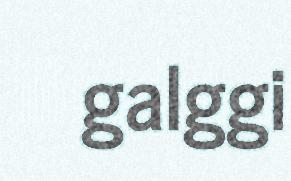
galggi